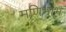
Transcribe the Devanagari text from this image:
मणिभाभ